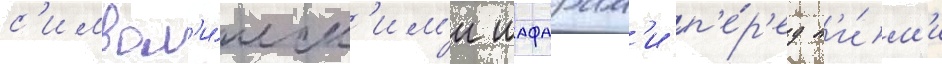
с'имвол'и́ческ'им'и шафарам'и п'е́р'ед н'и́м'и